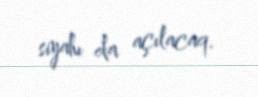
siyahı da açılacaq.